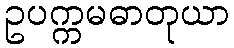
ဥပက္ကမဓာတုယာ